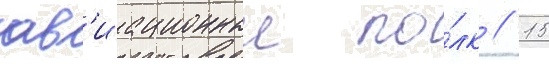
ав'иационныи по́лк // 15